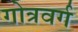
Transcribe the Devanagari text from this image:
गोत्रवर्ग